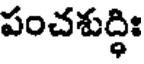
పంచశుద్ధిః